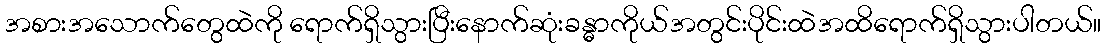
အစားအသောက်တွေထဲကို ရောက်ရှိသွားပြီးနောက်ဆုံးခန္ဓာကိုယ်အတွင်းပိုင်းထဲအထိရောက်ရှိသွားပါတယ်။